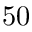
5 0